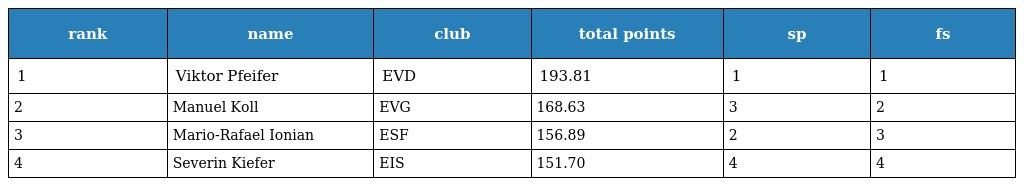
| rank | name | club | total points | sp | fs |
 | --- | --- | --- | --- | --- | --- |
 | 1 | Viktor Pfeifer | EVD | 193.81 | 1 | 1 |
 | 2 | Manuel Koll | EVG | 168.63 | 3 | 2 |
 | 3 | Mario-Rafael Ionian | ESF | 156.89 | 2 | 3 |
 | 4 | Severin Kiefer | EIS | 151.70 | 4 | 4 |